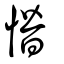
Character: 憯